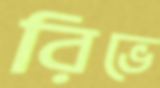
রিভে